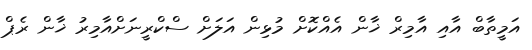
އަމީތާބް އާއި އާމިރް ޚާން އެއްކޮށް މުޅިން އަލަށް ސްކްރީނަށްއާމިރު ޚާން ރެޕް